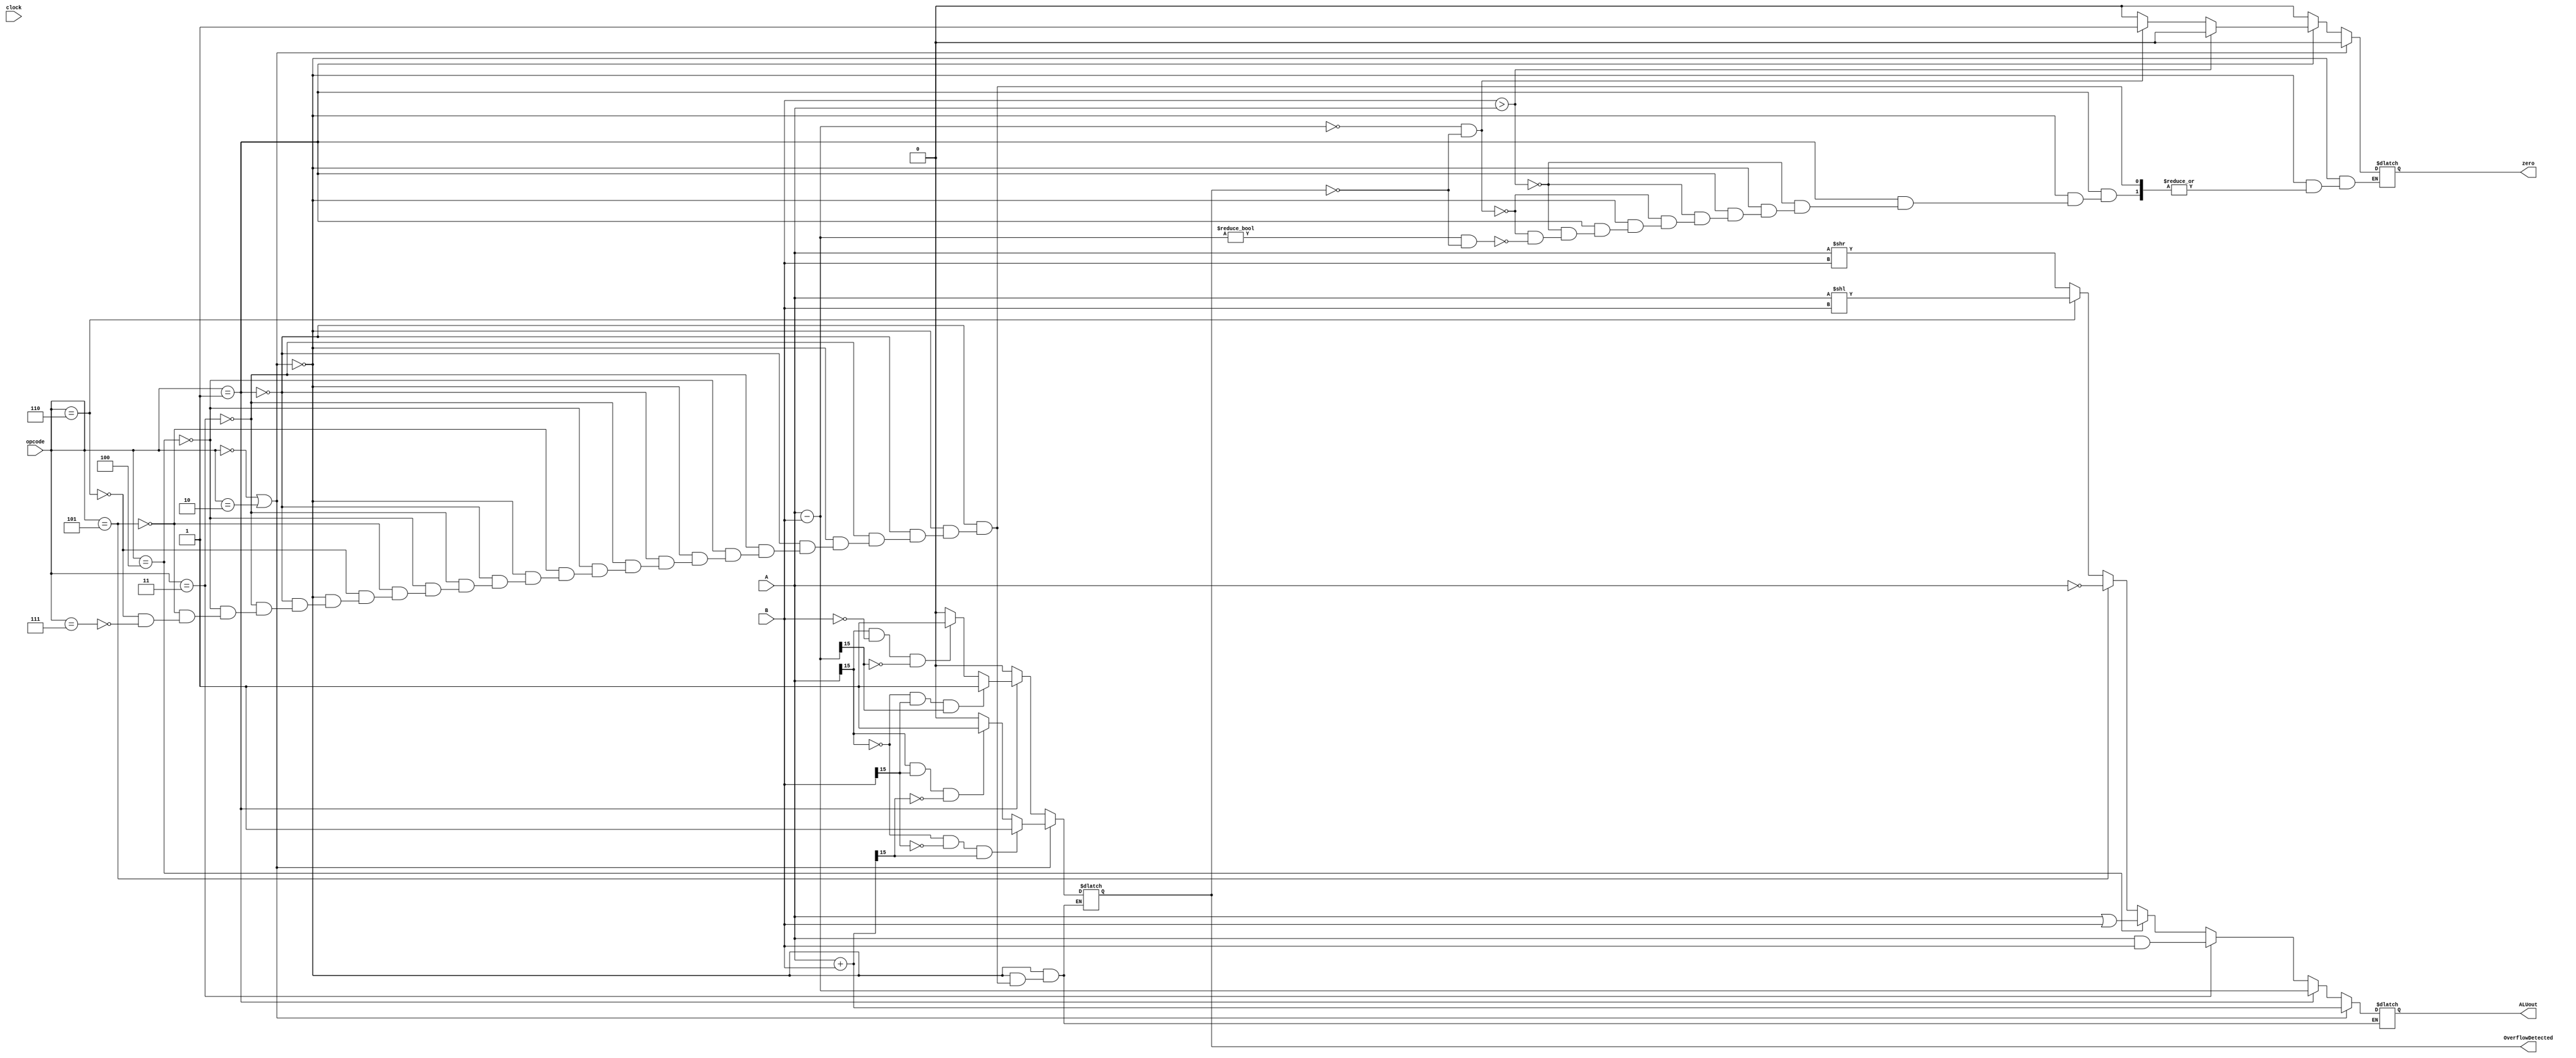
module ALU (clock, A, B, opcode, ALUout, OverflowDetected, zero);
	/* Entradas do modulo. */
	input clock;
	input [3:0] opcode;
	input [15:0] A;
	input [15:0] B;
	
	/* Saidas do modulo. */
	output zero;
	output OverflowDetected;
	output [15:0] ALUout;
	
	/* Componentes internos. */
	reg [15:0] RegALUout;		// Resultado da operacao da ALU.
	reg RegOverflowDetected;	// Verificador de overflow
	reg signalA;					// Sinal do operando A.
	reg signalB;					// Sinal do operando B.
	reg signalRegALUout;			//	Sinal do resultado da operacao da ALU.
	reg regZero;
	
	initial begin
		RegOverflowDetected = 0;
	end
	
	/* Realiza a operacao da ALU. */
	always @ (clock) begin
			// A + B ou A + Constante:
			if ((opcode == 4'b0000)||(opcode == 4'b0010)) begin
					RegALUout = A + B;
					regZero = 0;
					if ((A[15] == 0) && (B[15] == 0) && (RegALUout[15] == 1)) begin
						RegOverflowDetected = 1;
					end
					else if ((A[15] == 1) && (B[15] == 1) && (RegALUout[15] == 0)) begin
						RegOverflowDetected = 1;
					end
					else begin
						RegOverflowDetected = 0;
					end
			end
			// A - B:
			else if (opcode == 4'b0001) begin
					RegALUout = A - B;
					
					if(B > A) regZero = 0;
					else if(RegALUout == 4'h0000 && RegOverflowDetected == 0) regZero = 1;        //Deu zero
					else if(RegALUout != 4'h0000 && RegOverflowDetected == 0)regZero = 0;
					
					if ((A[15] == 0) && (B[15] == 1) && (RegALUout[15] == 1)) begin
						RegOverflowDetected = 1;
					end
					else if ((A[15] == 1) && (B == 0) && (RegALUout[15] == 0)) begin
						RegOverflowDetected = 1;
					end
					else begin
						RegOverflowDetected = 0;
					end
			end			
			// A and B:
			else if (opcode == 4'b0011) begin
				regZero = 0;
				RegALUout = A & B;
				RegOverflowDetected = 0;
			end
			// A or B:
			else if (opcode == 4'b0100) begin
				RegALUout = A | B;
				RegOverflowDetected = 0;
				regZero = 0;
			end
			// not A:
			else if (opcode == 4'b0101) begin
				RegALUout = ~A;
				regZero = 0;
				RegOverflowDetected = 0;
			end
			// A << B:
			else if (opcode == 4'b0110) begin
				regZero = 0;
				RegALUout = A << B;
				RegOverflowDetected = 0;
			end
			// A >> B:
			else if (opcode == 4'b0111) begin
				regZero = 0;
				RegALUout = A >> B;
				RegOverflowDetected = 0;
			end
	end
	
	/* Envia para as saidas o resultado da ALU e o teste de overflow. */
	assign ALUout = RegALUout;
	assign OverflowDetected = RegOverflowDetected;
	assign zero = regZero;
  
endmodule